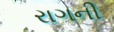
રાગની